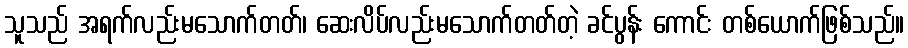
သူသည် အရက်လည်းမသောက်တတ်၊ ဆေးလိပ်လည်းမသောက်တတ်တဲ့ ခင်ပွန်း ကောင်း တစ်ယောက်ဖြစ်သည်။